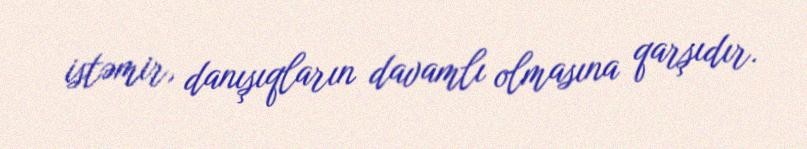
istəmir, danışıqların davamlı olmasına qarşıdır.